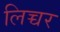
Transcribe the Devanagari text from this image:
लिच्चर